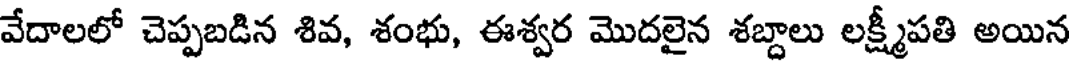
వేదాలలో చెప్పబడిన శివ, శంభు, ఈశ్వర మొదలైన శబ్దాలు లక్ష్మీపతి అయిన